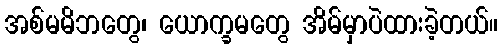
အစ်မမိဘတွေ၊ ယောက္ခမတွေ အိမ်မှာပဲထားခဲ့တယ်။